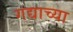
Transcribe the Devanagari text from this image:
गद्याच्या